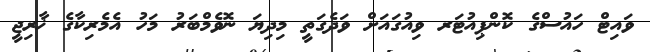
ވައިޓް ހައުސްގެ ކޮންޕިއުޓަރ ވިއުގައަށް ވަދެގަތީ މިދިޔަ ނޮވެމްބަރު މަހު އެމެރިކާގެ ޚާރިޖީ